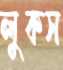
লুকস